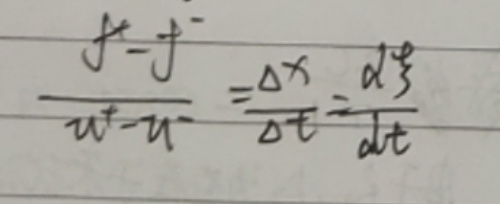
\frac{v - v^{-}}{t - t^{-}} = \frac{\Delta x}{\Delta t} = \frac{d x}{d t}